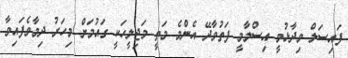
ފައިސަލް ވިދާޅުވީ އިސްލާމީ ފަތުވާދޭ އެންމެ މަތީ މަޖިލީހަކީ ގައުމަށް މިހަރު ދިމާވެފައިވާ